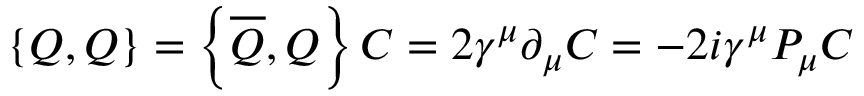
\left\{ Q , Q \right\} = \left\{ { \overline { { Q } } } , Q \right\} C = 2 \gamma ^ { \mu } \partial _ { \mu } C = - 2 i \gamma ^ { \mu } P _ { \mu } C